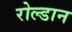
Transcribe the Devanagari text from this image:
रोल्डान